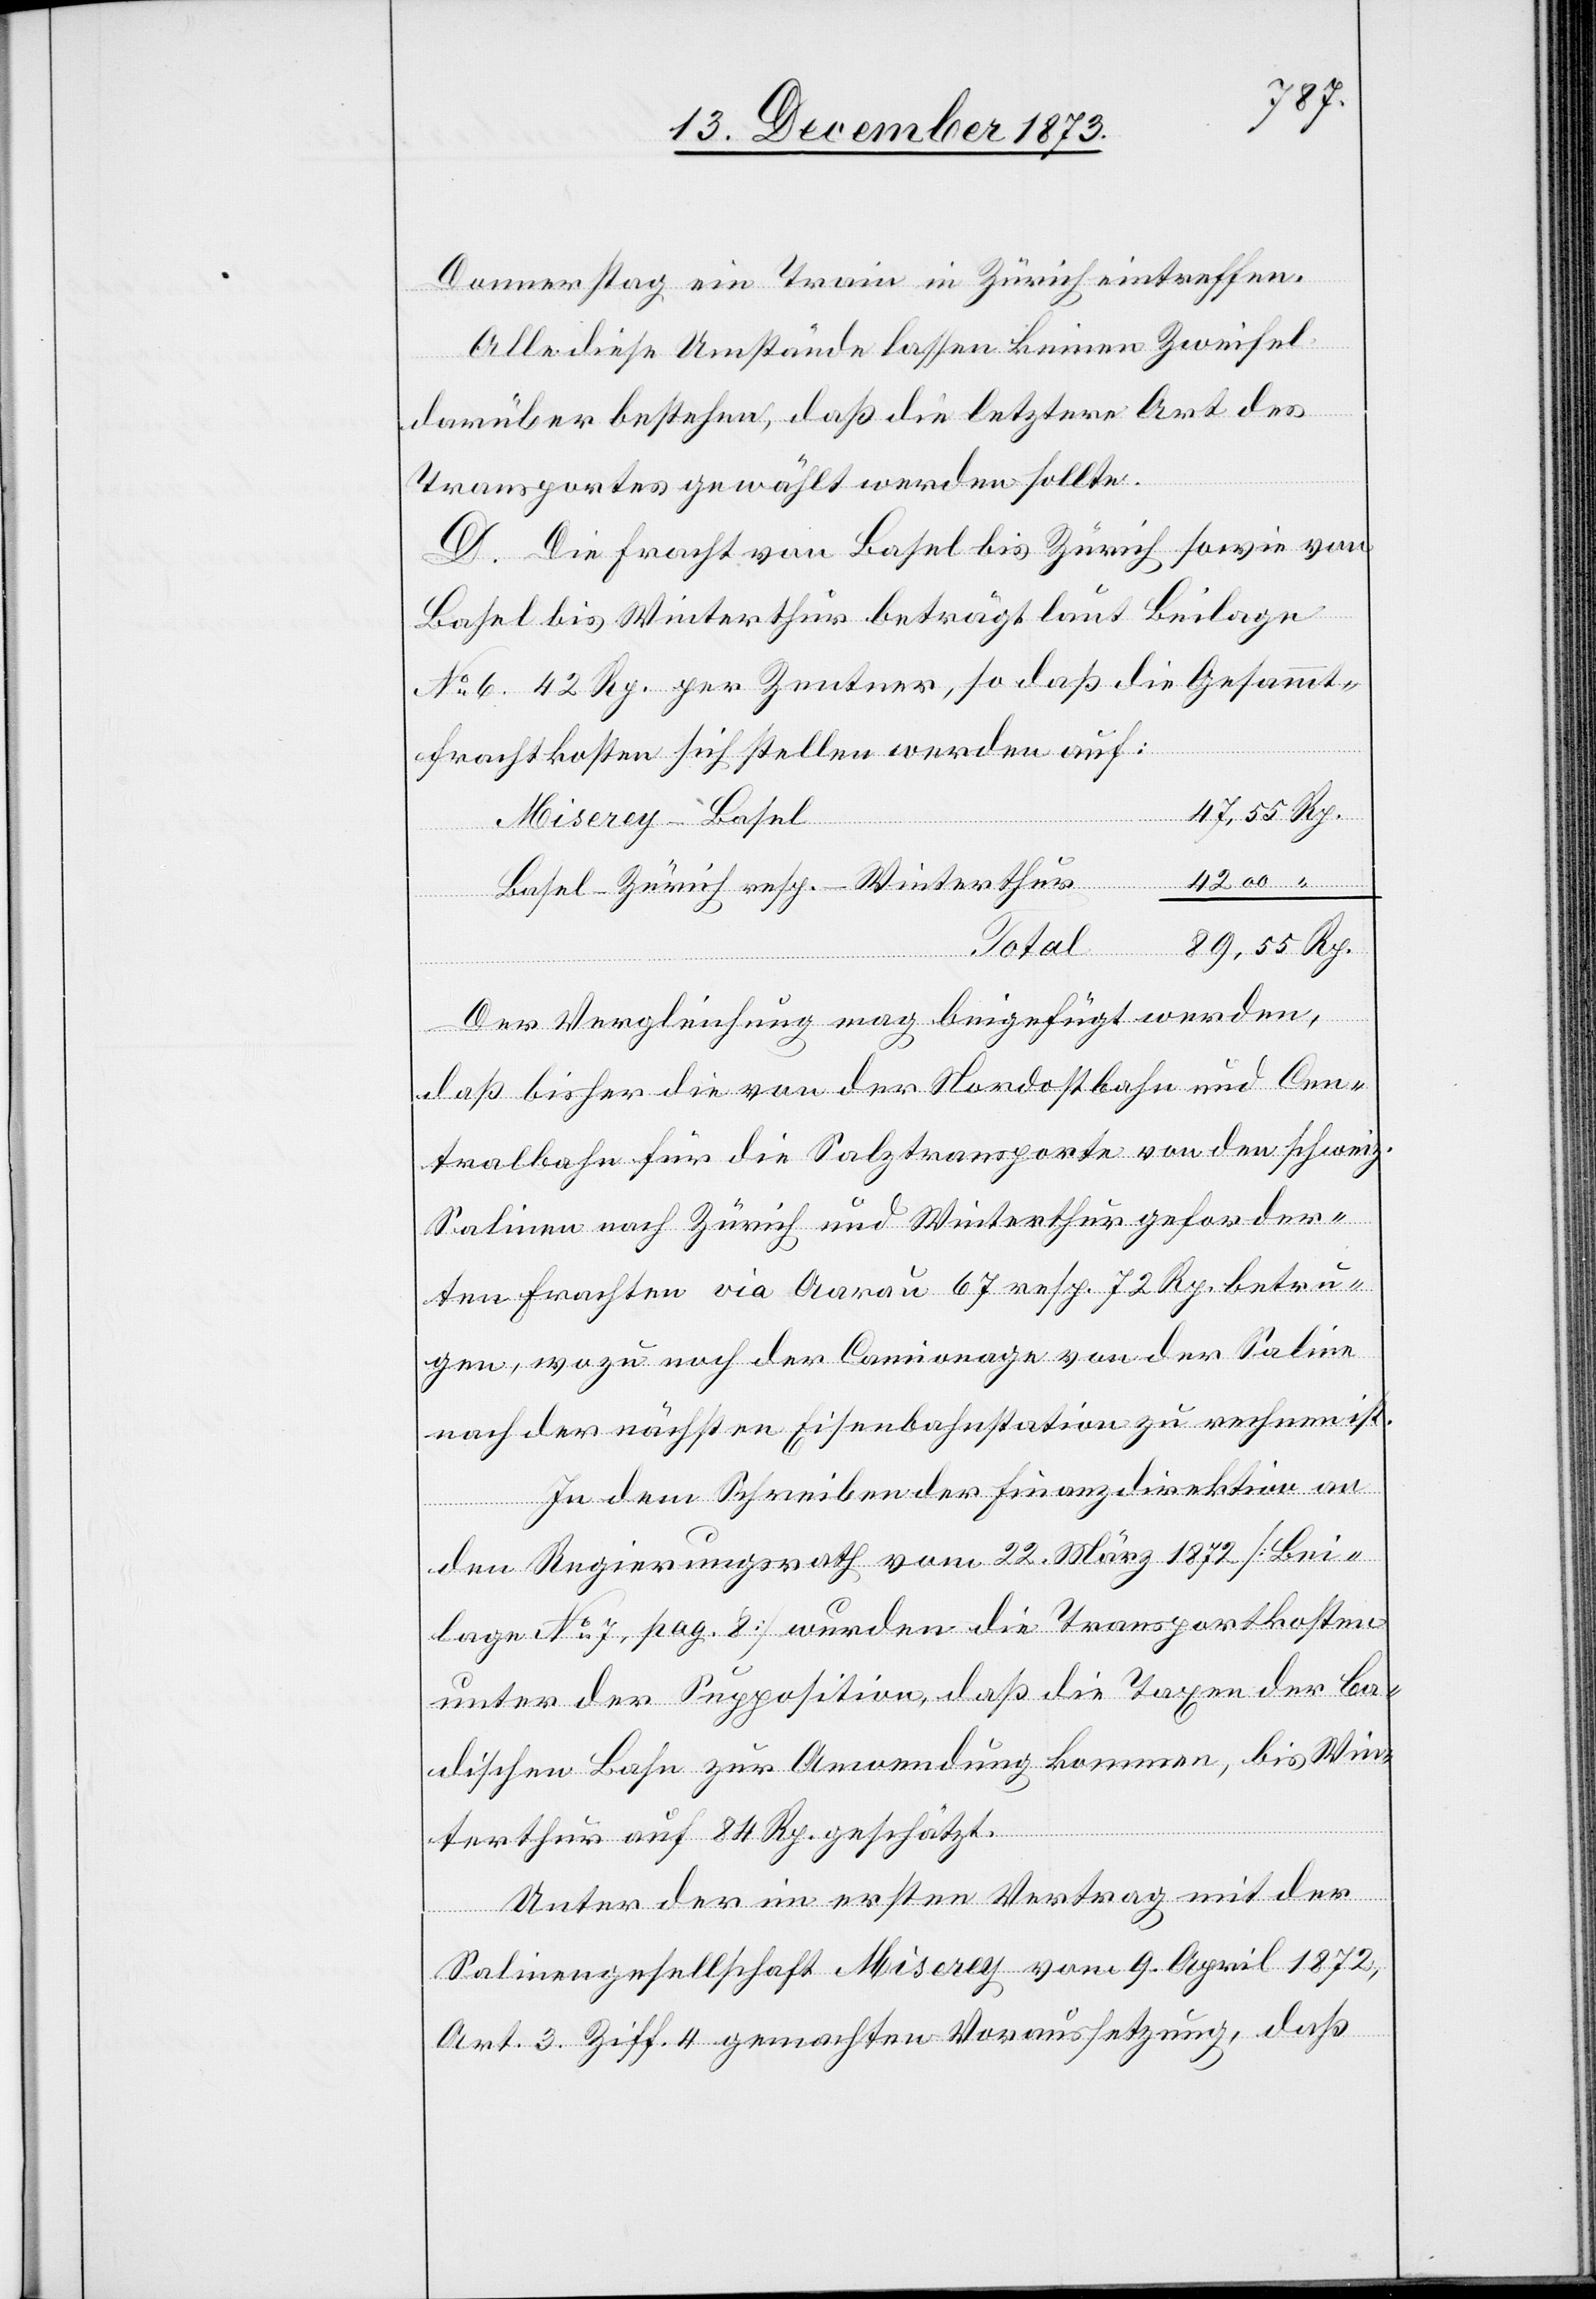
Donnerstag ein Train in Zürich eintreffen.
Alle diese Umstände lassen keinen Zweifel
darüber bestehen, daß die letztere Art des
Transportes gewählt werden sollte.
D. Die Fracht von Basel bis Zürich sowie von
Basel bis Winterthur beträgt laut Beilage
No 6. 42 Rp. per Zentner, so daß die Gesammt¬
frachtkosten sich stellen werden auf:
Miserey–Basel
Basel–Zürich resp. –Winterthur
Total
Rp.
Der Vergleichung mag beigefügt werden,
daß bisher die von der Nordostbahn und Cen¬
tralbahn für die Salztransporte von den schweiz.
Salinen nach Zürich und Winterthur geforder¬
ten Frachten via Aarau 67 resp. 72 Rp. betru¬
gen, wozu noch der Camionage von der Saline
nach der nächsten Eisenbahnstation zu rechnen ist.
In dem Schreiben der Finanzdirektion an
den Regierungsrath vom 22. März 1872 [Bei¬
lage No 7, pag. 8] wurden die Transportkosten
unter der Supposition, daß die Taxen der ba¬
dischen Bahn zur Anwendung kommen, bis Win¬
terthur auf 84 Rp. geschätzt.
Unter der im ersten Vertrag mit der
Salinengesellschaft Miserey vom 9. April 1872,
Art. 3 Ziff. 4 gemachten Voraussetzung, daß